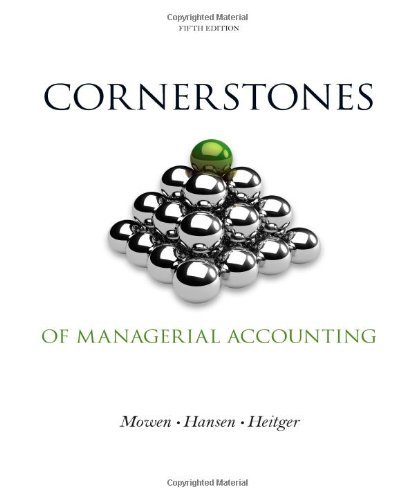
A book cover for Cornerstones of Managerial Accounting (Not Textbook, Access Code Only) By Maryanne M. Mowen, Don R. Hansen, Dan L. Heitger 5th Edition; Don R. Hansen, Dan L. Heitger Maryanne M. Mowen; Business & Money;